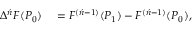
\begin{array} { r l } { \Delta ^ { \acute { n } } F ( P _ { 0 } ) } & { { } = F ^ { ( { \acute { n } } - 1 ) } ( P _ { 1 } ) - F ^ { ( { \acute { n } } - 1 ) } ( P _ { 0 } ) , } \end{array}